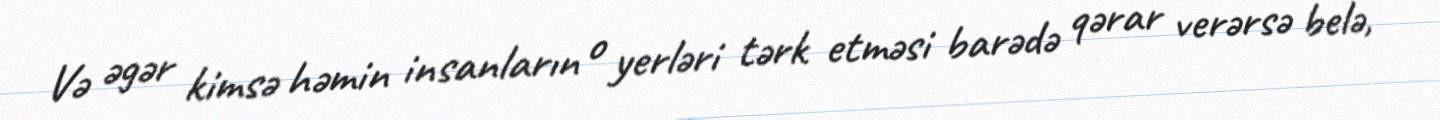
Və əgər kimsə həmin insanların o yerləri tərk etməsi barədə qərar verərsə belə,